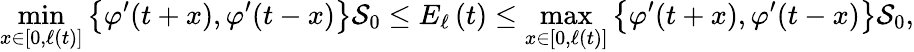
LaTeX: \operatorname*{min}_{x\in\left[0,\ell\left(t\right)\right]}\left\{ \varphi^{\prime}(t+x),\varphi^{\prime}(t-x)\right\} \mathcal{S}_{0}\leq E_{\ell}\left(t\right)\leq\operatorname*{max}_{x\in\left[0,\ell\left(t\right)\right]}\left\{ \varphi^{\prime}(t+x),\varphi^{\prime}(t-x)\right\} \mathcal{S}_{0},